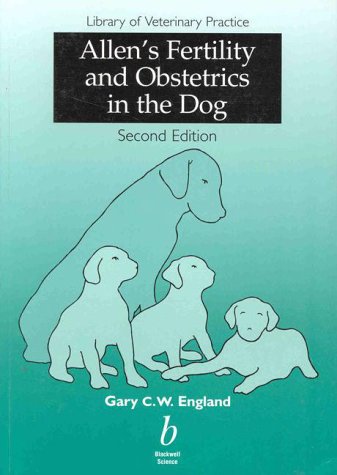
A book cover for Allen's Fertility & Obstetrics in the Dog; Gary England; Medical Books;